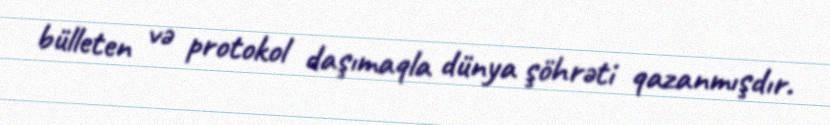
bülleten və protokol daşımaqla dünya şöhrəti qazanmışdır.